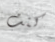
كنت